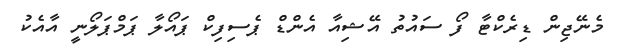
މެނޭޖިން ޑިރެކްޓާ ފޯ ސައުތު އޭޝިއާ އެންޑް ޕެސިފިކް ޕައޯލާ ޕަމްޕަލޯނީ އާއެކު